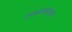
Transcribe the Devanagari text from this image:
अध्ययनाचा